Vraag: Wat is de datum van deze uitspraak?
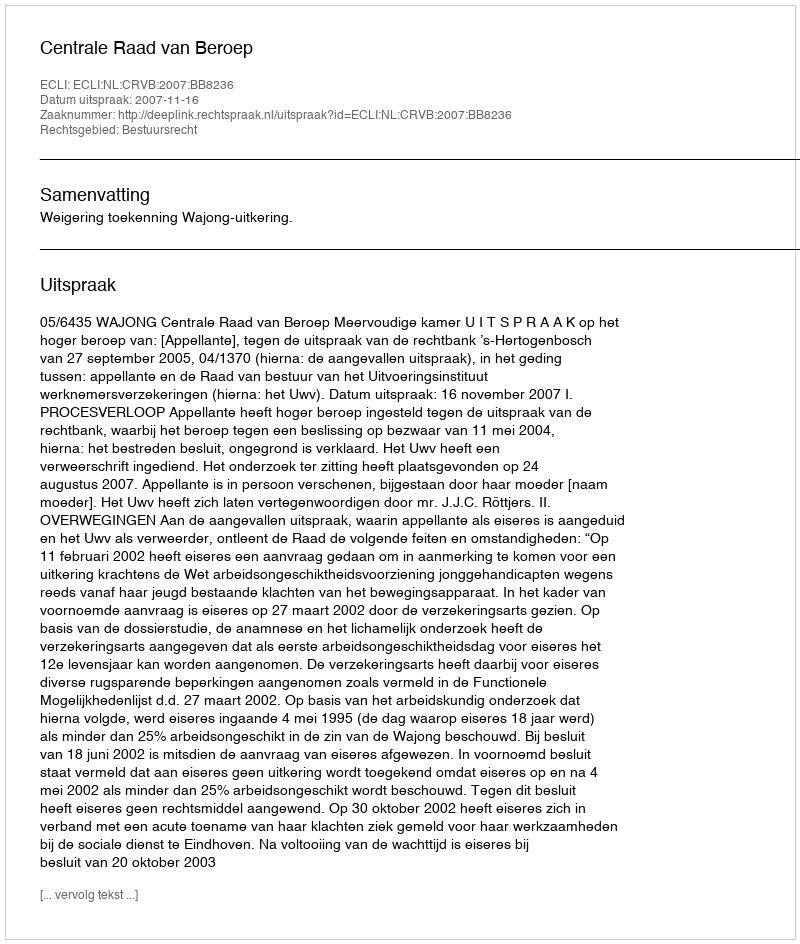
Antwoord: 2007-11-16